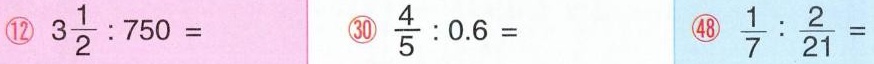
⑫$$3 \frac { 1 } { 2 } : 7 5 0 =$$ ㉚ $$\frac { 4 } { 5 } : 0 . 6 =$$ ㊽ $$\frac { 1 } { 7 } : \frac { 2 } { 2 1 } =$$